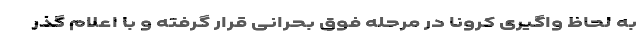
به لحاظ واگیری کرونا در مرحله فوق بحرانی قرار گرفته و با اعلام گذر